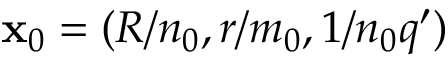
\mathbf { x } _ { 0 } = ( R / n _ { 0 } , r / m _ { 0 } , 1 / n _ { 0 } q ^ { \prime } )